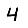
Digit: 4